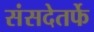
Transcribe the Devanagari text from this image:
संसदेतर्फे